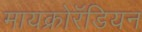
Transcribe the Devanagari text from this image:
मायक्रोरॅडियन